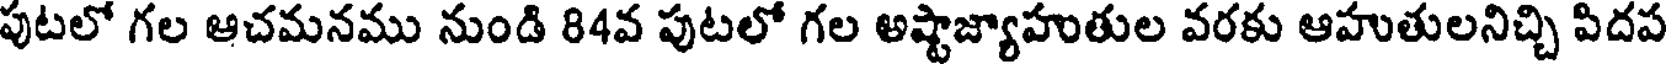
పుటలో గల ఆచమనము నుండి 84వ పుటలో గల అష్టాజ్యాహుతుల వరకు ఆహుతులనిచ్చి పిదప